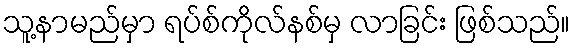
သူ့နာမည်မှာ ရပ်စ်ကိုလ်နစ်မှ လာခြင်း ဖြစ်သည်။